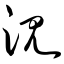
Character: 沉